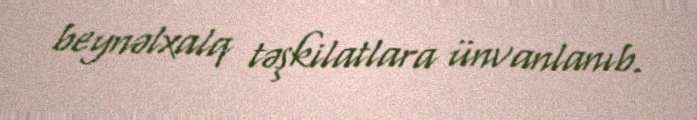
beynəlxalq təşkilatlara ünvanlanıb.